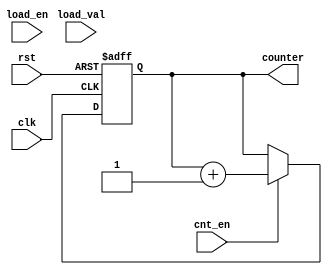
// Here the counter increases by 1 because memory is 32 bit addressable
module program_counter(clk,
	rst,
	counter,
	cnt_en,
	load_val,
	load_en);

input clk,rst, cnt_en,load_en;
input [31:0] load_val;
output reg [31:0] counter;


always @(posedge clk or posedge rst)
begin
if(rst)
 begin
 counter <= 31'd0;
 end
else if (cnt_en == 1'b1)
begin
 counter <= counter + 31'd1;
end 
else begin
  counter <= counter;
end
end
endmodule